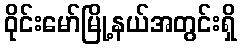
ဝိုင်းမော်မြို့နယ်အတွင်းရှိ